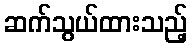
ဆက်သွယ်ထားသည့်